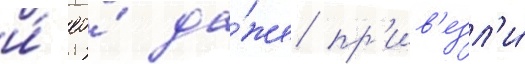
и́ ео́ да́же пр'ив'езл'и́